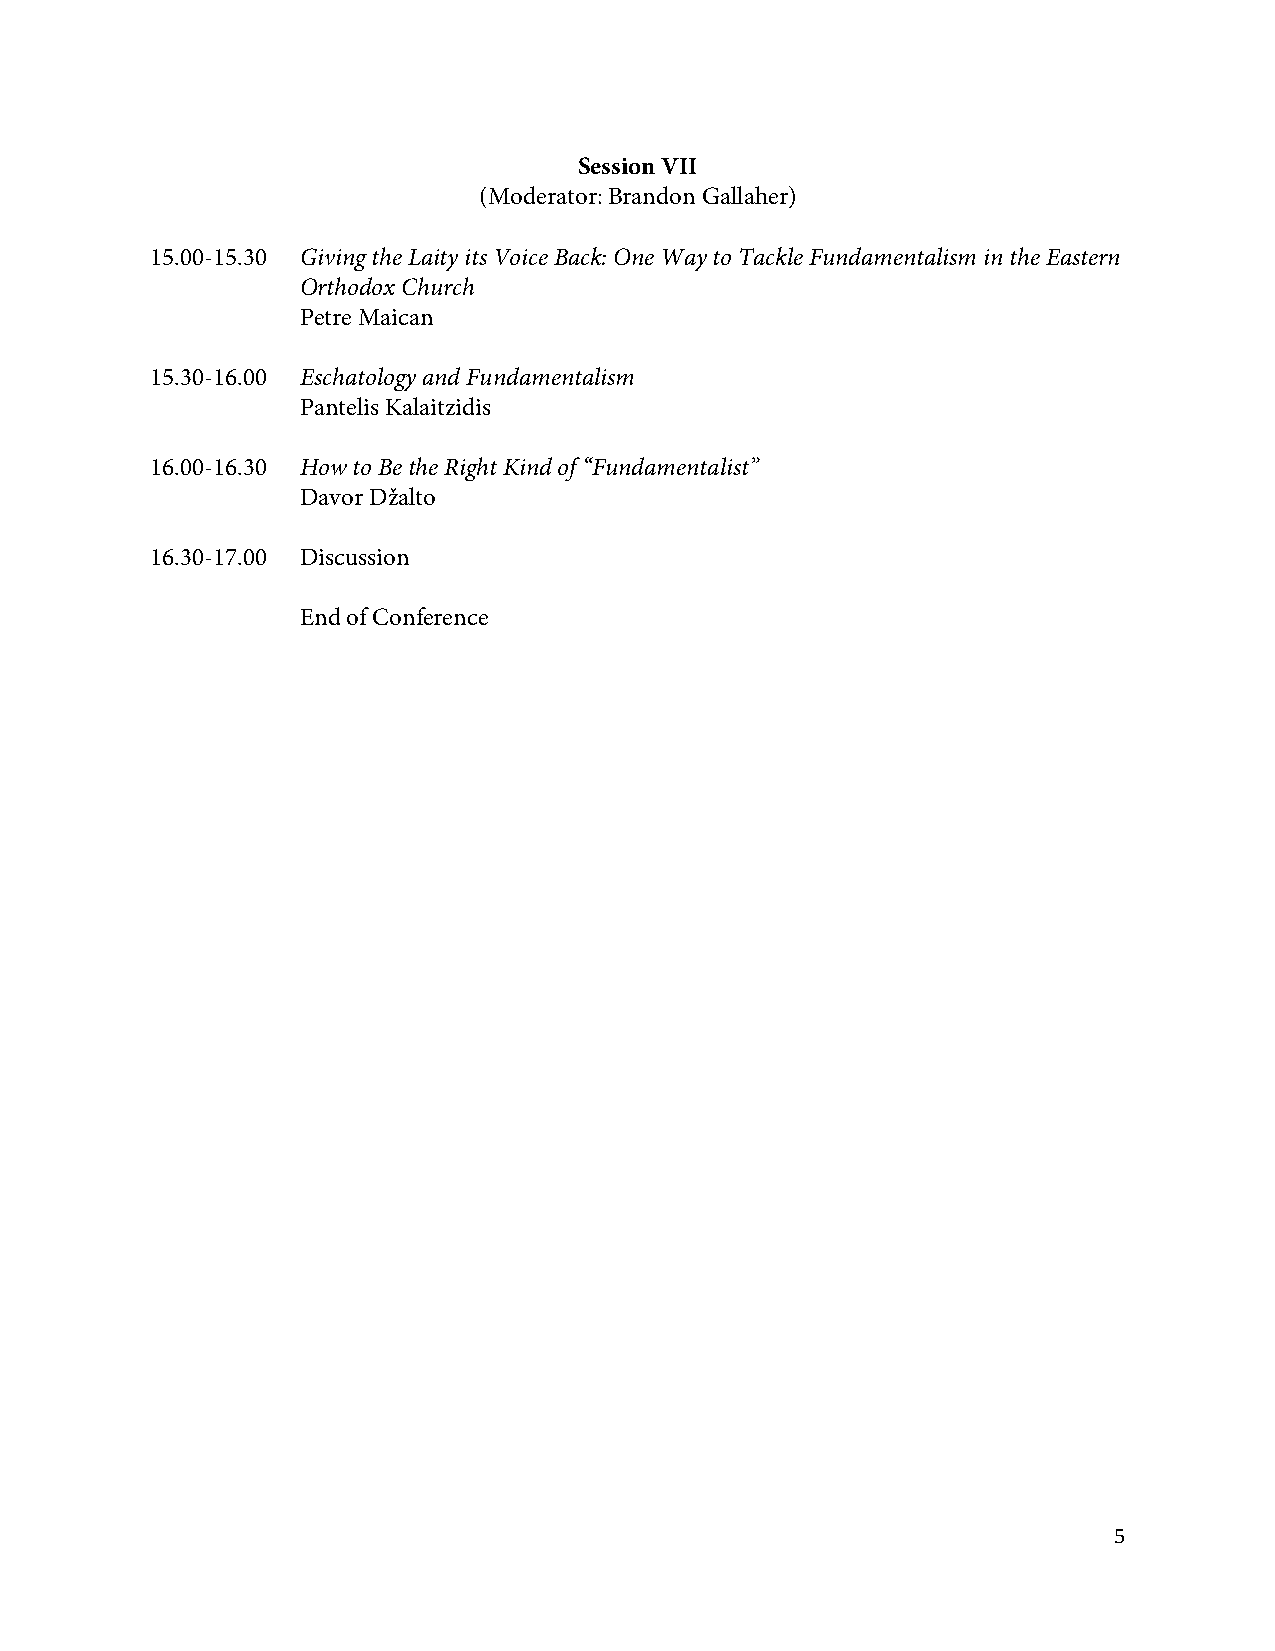
Session VII
 (Moderator: Brandon Gallaher)
 15.00-15.30 Giving the Laity its Voice Back: One Way to Tackle Fundamentalism in the Eastern
 Orthodox Church
 Petre Maican
 15.30-16.00 Eschatology and Fundamentalism
 Pantelis Kalaitzidis
 16.00-16.30 How to Be the Right Kind of “Fundamentalist”
 Davor Džalto
 16.30-17.00 Discussion
 End of Conference
 5